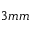
3 m m